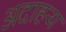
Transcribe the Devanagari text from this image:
अदाहय